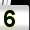
Digit: 5